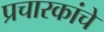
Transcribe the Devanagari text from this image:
प्रचारकांचे